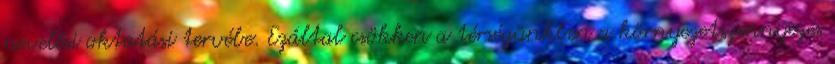
nevelési oktatási tervébe. Ezáltal csökken a térségünkben a környezetszennyezés